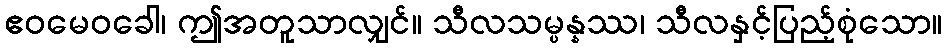
ဧဝမေဝခေါ၊ ဤအတူသာလျှင်။ သီလသမ္ပန္နဿ၊ သီလနှင့်ပြည့်စုံသော။